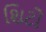
શિટો